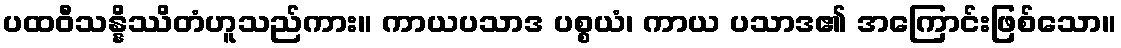
ပထဝီသန္နိဿိတံဟူသည်ကား။ ကာယပသာဒ ပစ္စယံ၊ ကာယ ပသာဒ၏ အကြောင်းဖြစ်သော။